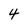
Character: 4